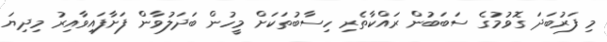
މި ފަރުބަދަ ގޮވުމުގެ ސަބަބުން ރައްކާތެރި ހިސާބުތަކަށް މީހުން ބަދަލުވާން ފަށާފައިވާއިރު މިދިޔަ